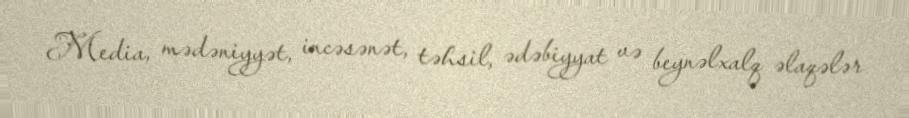
Media, mədəniyyət, incəsənət, təhsil, ədəbiyyat və beynəlxalq əlaqələr